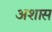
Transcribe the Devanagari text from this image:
अशास